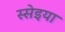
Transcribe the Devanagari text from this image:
स्सेइया